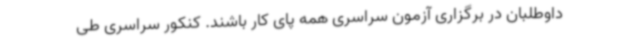
داوطلبان در برگزاری آزمون سراسری همه پای کار باشند. کنکور سراسری طی